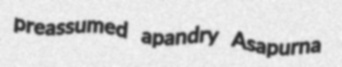
preassumed apandry Asapurna